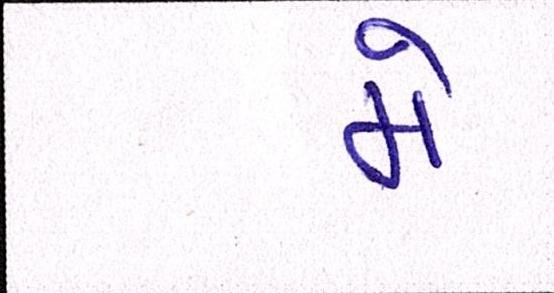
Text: મે